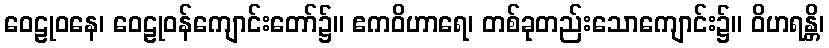
ဝေဠုဝနေ၊ ဝေဠုဝန်ကျောင်းတော်၌။ ဧကဝိဟာရေ၊ တစ်ခုတည်းသောကျောင်း၌။ ဝိဟရန္တိ၊